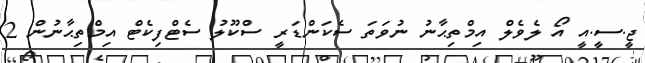
ޖީ.ސީ.އީ އޯ ލެވެލް އިމްތިޙާނު ނުވަތަ ސެކަންޑަރީ ސްކޫލު ސެޓްފިކެޓް އިމްތިޙާނުން 2